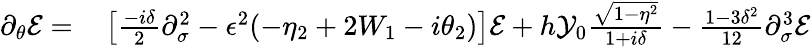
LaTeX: \begin{array}{rl}{\partial_{\theta}\mathcal{E}=}&{{}\left[\frac{-i\delta}{2}\partial_{\sigma}^{2}-\epsilon^{2}(-\eta_{2}+2W_{1}-i\theta_{2})\right]\mathcal{E}+h\mathcal{Y}_{0}\frac{\sqrt{1-\eta^{2}}}{1+i\delta}-\frac{1-3\delta^{2}}{12}\partial_{\sigma}^{3}\mathcal{E}}\end{array}